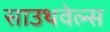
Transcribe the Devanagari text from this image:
साउथवेल्स